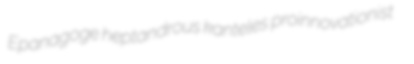
Epanagoge heptandrous kanteles proinnovationist